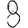
Digit: 8